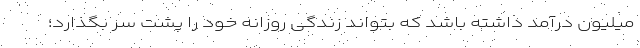
میلیون درآمد داشته باشد که بتواند زندگی روزانه خود را پشت سر بگذارد؛